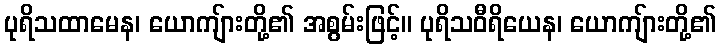
ပုရိသထာမေန၊ ယောကျ်ားတို့၏ အစွမ်းဖြင့်။ ပုရိသဝီရိယေန၊ ယောကျ်ားတို့၏